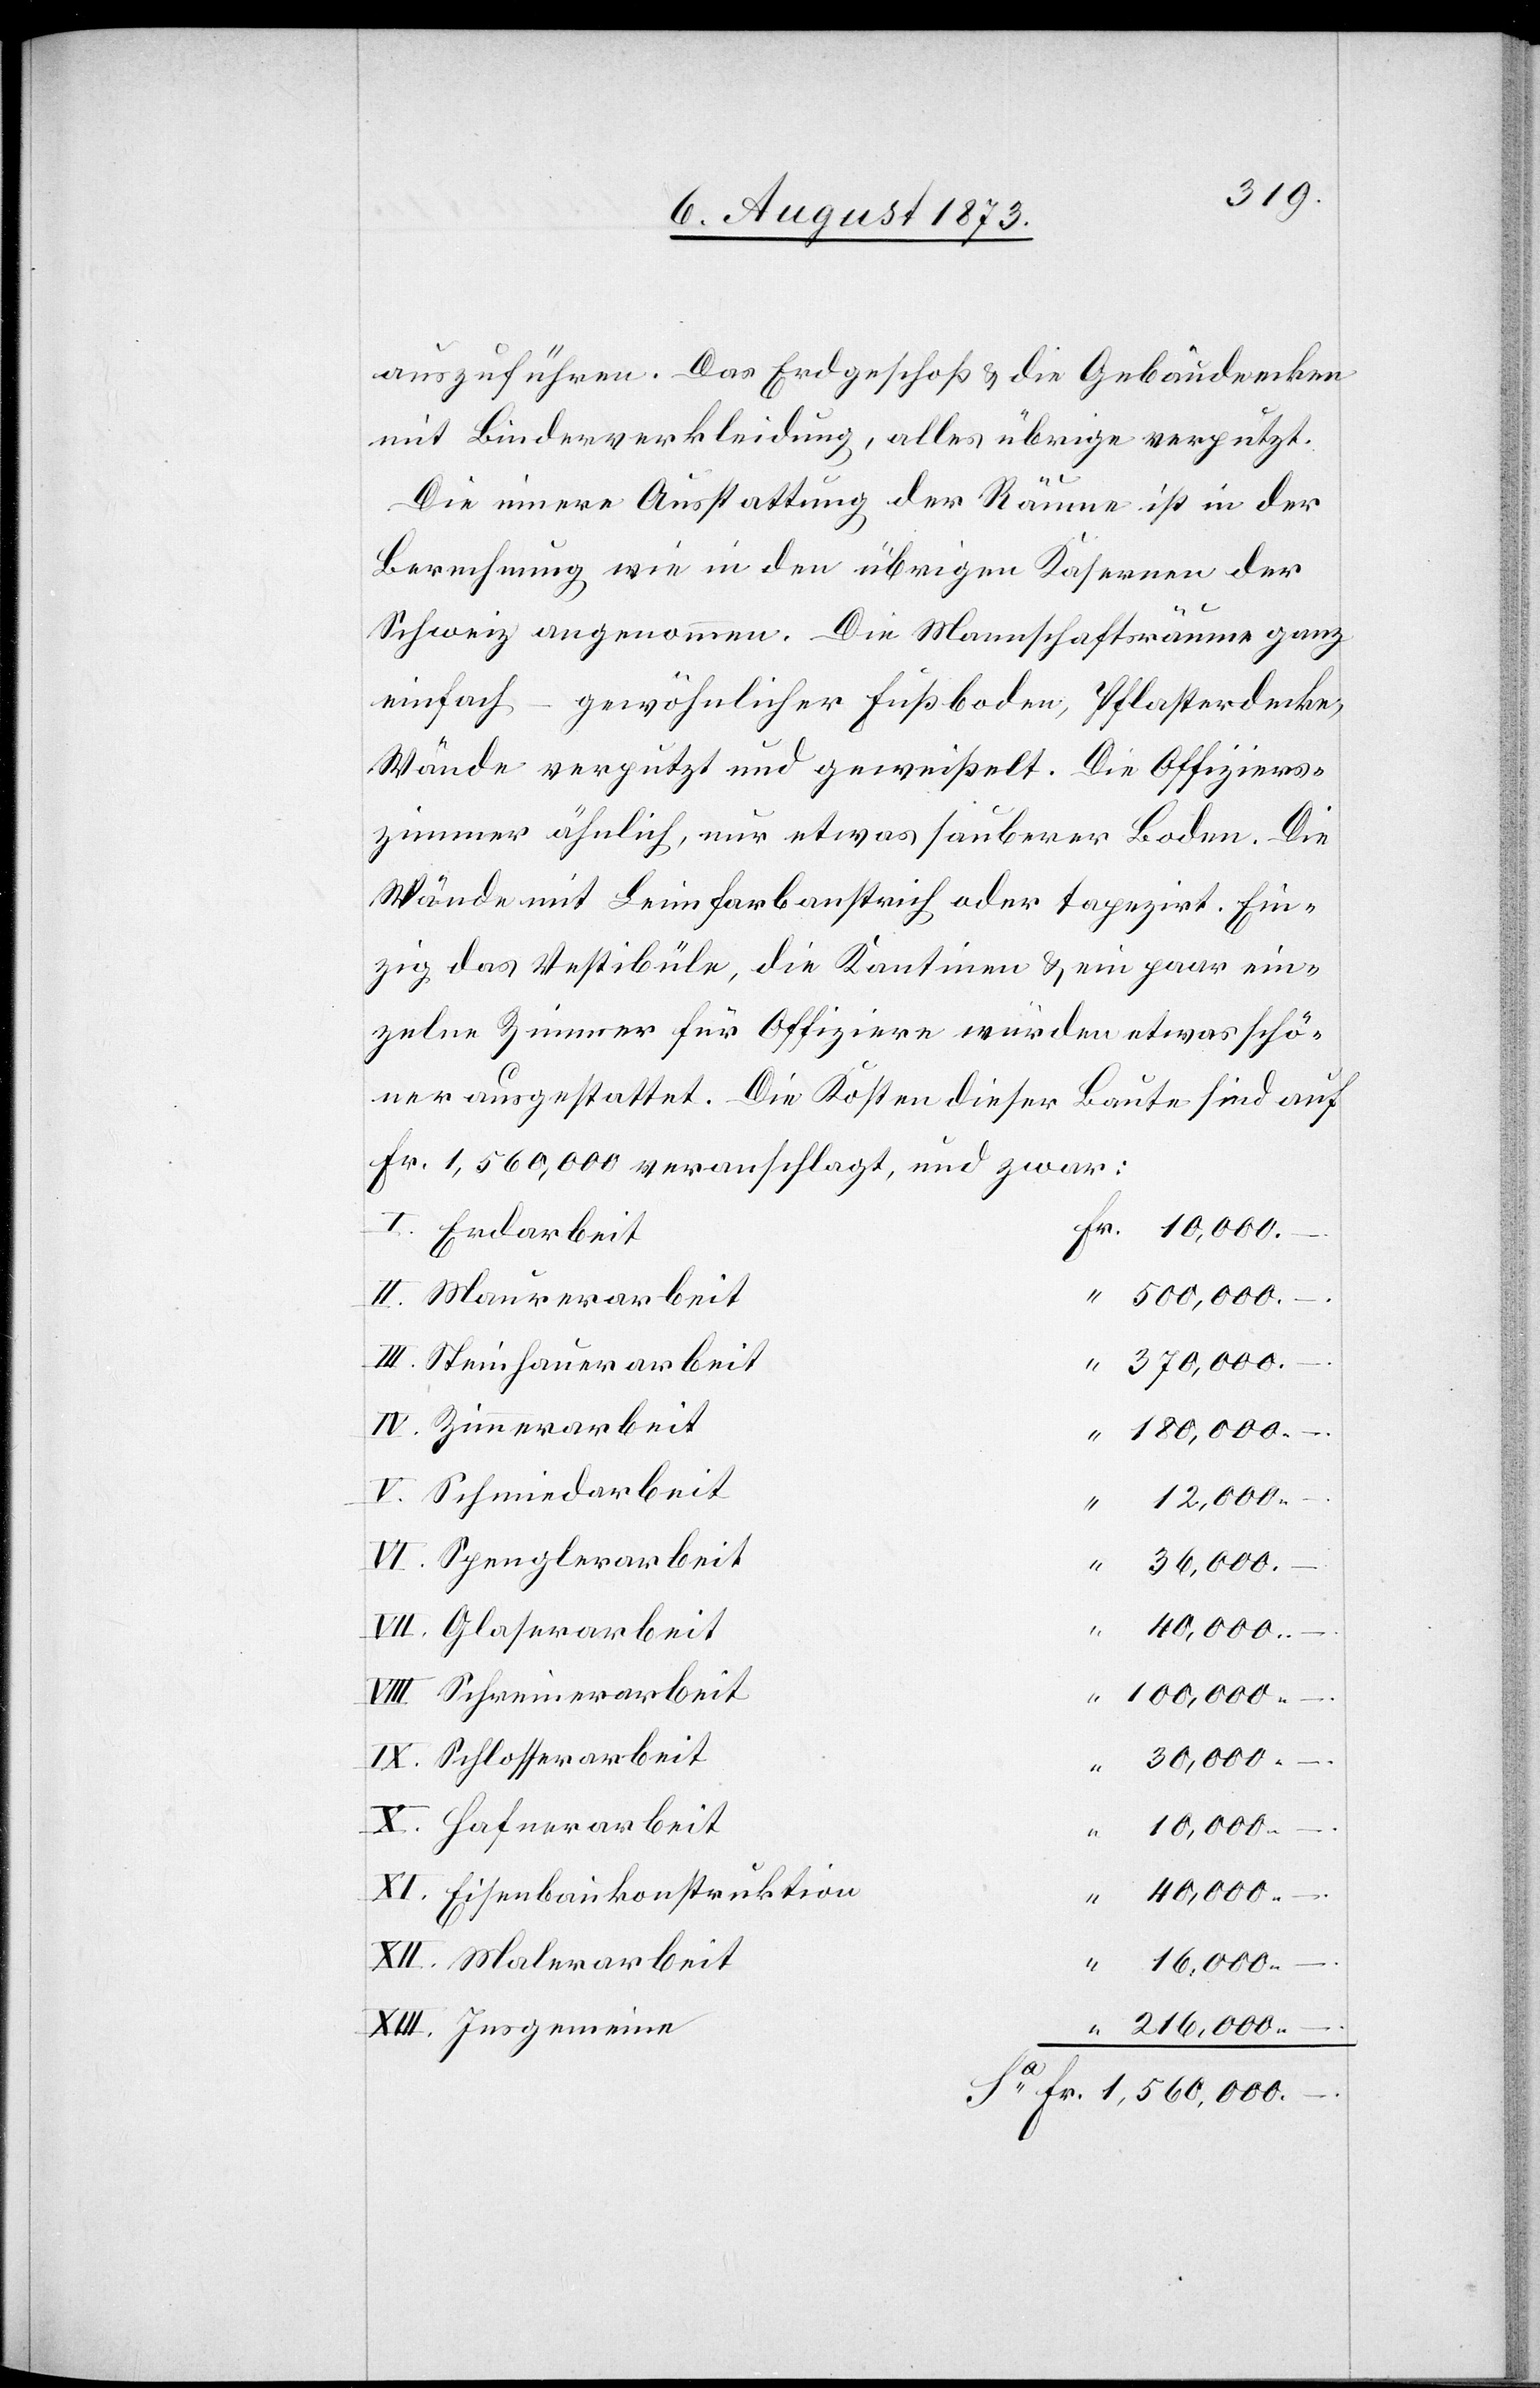
auszuführen. Das Erdgeschoß & die Gebäudeecken
mit Binderverkleidung, alles übrige verputzt.
Die innere Ausstattung der Räume ist in der
Berechnung wie in den übrigen Kasernen der
Schweiz angenommen. Die Mannschaftsräume ganz
einfach –
gewöhnlicher Fußboden, Pflasterdecke,
Wände verputzt und geweißelt. Die Offiziers¬
zimmer ähnlich, nur etwas sauberer Boden. Die
Wände mit Leimfarbanstrich oder tapezirt. Ein¬
zig das Vestibüle, die Kantinen & ein paar ein¬
zelne Zimmer für Offiziere würden etwas schö¬
ner ausgestattet. Die Kosten dieser Baute sind auf
Fr. 1,560,000 veranschlagt, und zwar:
Erdarbeit
10,000.
1,560,000.
Steinhauerarbeit
arbeit
180,000.
12,000.
Spenglerarbeit
36,000.
Glaserarbeit
40,000.
Schreinerarbeit
100,000.
Schlosserarbeit
30,000.
Hafnerarbeit
10,000.
Eisenbaukonstruktion
40,000.
Malerarbeit
16,000.
Insgemeine
216,000.